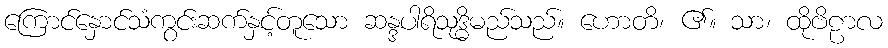
ကြောင်နှောင်သံကွင်းဆက်နှင့်တူသော ဆန္ဒပါရိသုဒ္ဓိမည်သည်။ ဟောတိ၊ ၏။ သာ၊ ထိုဗိဠာလ